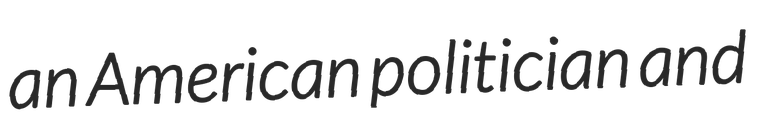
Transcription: an American politician and